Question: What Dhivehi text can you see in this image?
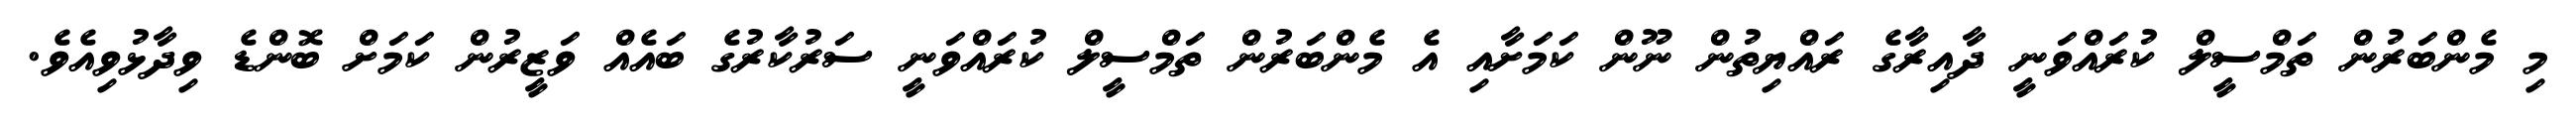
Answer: މި މެންބަރުން ތަމްސީލް ކުރައްވަނީ ދާއިރާގެ ރައްޔިތުން ނޫން ކަމަށާއި އެ މެންބަރުން ތަމްސީލް ކުރައްވަނީ ސަރުކާރުގެ ބައެއް ވަޒީރުން ކަމަށް ބޮންޑެ ވިދާޅުވިއެވެ.